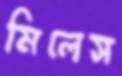
মিলেস